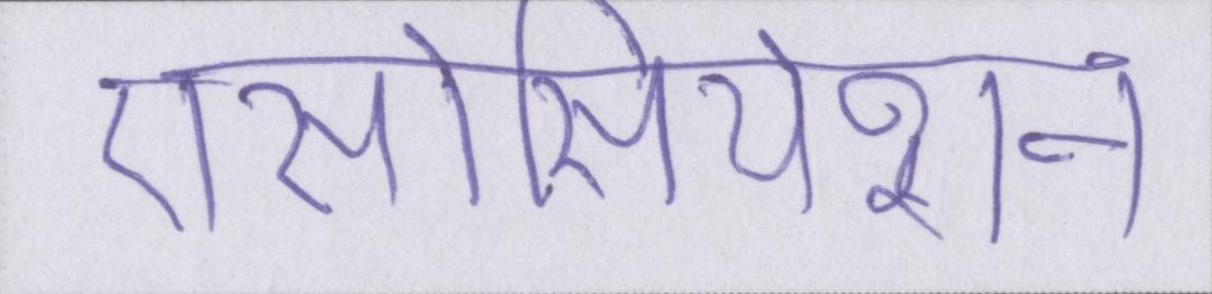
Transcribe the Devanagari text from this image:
एसोसियेशन